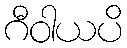
ဂီဝါယပိ